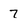
Character: 7